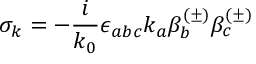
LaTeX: \sigma _ { k } = - \frac i { k _ { 0 } } \epsilon _ { a b c } k _ { a } \beta _ { b } ^ { ( \pm ) } \beta _ { c } ^ { ( \pm ) }